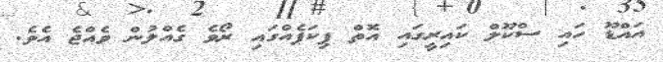
އައްޑޫ ހައި ސްކޫލް ކައިރީގައި އޮތް ޕިކަޕެއްގައި ރޯވެ ގެއްލުން ވެއްޖެ އެވެ.